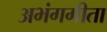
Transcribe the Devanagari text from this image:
अभंगगीता